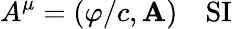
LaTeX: A^{\mu}=(\varphi/c,\mathbf{A})\quad{\mathrm{SI}}